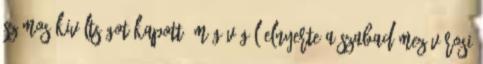
számos kiváltságot kapott, míg végül elnyerte a szabad mezővárosi